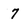
Character: 7